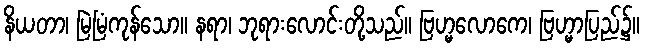
နိယတာ၊ မြဲမြံကုန်သော။ နရာ၊ ဘုရားလောင်းတို့သည်။ ဗြဟ္မလောကေ၊ ဗြဟ္မာပြည်၌။